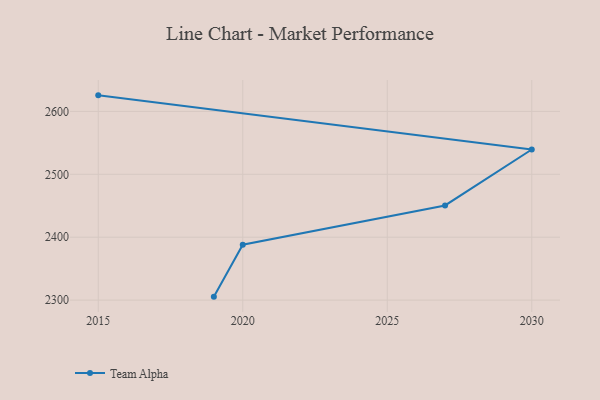
{"axis": {"x": "Year", "y": "Customer Acquisition Cost (USD)"}, "legend": ["Team Alpha"], "data": [{"x": "2015", "y": 2625.5, "type": "Team Alpha"}, {"x": "2030", "y": 2539.4, "type": "Team Alpha"}, {"x": "2027", "y": 2450.5, "type": "Team Alpha"}, {"x": "2020", "y": 2388.1, "type": "Team Alpha"}, {"x": "2019", "y": 2305.5, "type": "Team Alpha"}]}